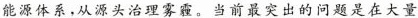
能源体系，从源头治理雾霾。当前最突出的问题是在大量